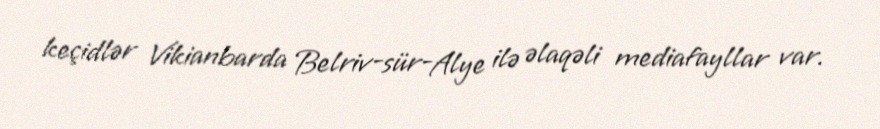
keçidlər Vikianbarda Belriv-sür-Alye ilə əlaqəli mediafayllar var.